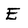
Character: E